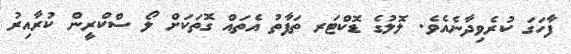
ފާހަގަ ކުރެވިދާނެއެވެ. ލޮލުގެ ޑޮކްޓަރ ތަފާތު އެތައް ގޮތަކަށް ލޯ ސްކްރީން ކުރާއިރު